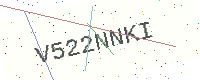
Text: V522NNKI